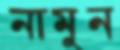
নামুন